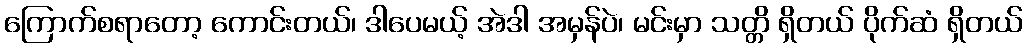
ကြောက်စရာတော့ ကောင်းတယ်၊ ဒါပေမယ့် အဲဒါ အမှန်ပဲ၊ မင်းမှာ သတ္တိ ရှိတယ် ပိုက်ဆံ ရှိတယ်